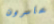
خاسرون